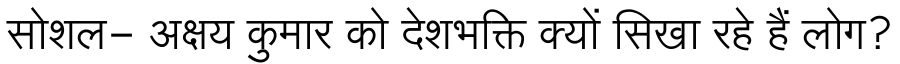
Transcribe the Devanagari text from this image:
सोशल- अक्षय कुमार को देशभक्ति क्यों सिखा रहे हैं लोग?